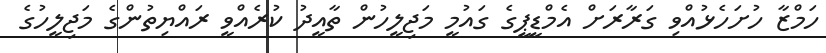
ހަމްޒާ ހުށަހެޅުއްވި ގަރާރަށް އެމްޑީޕީގެ ގައުމީ މަޖިލީހުން ތާއީދު ކުރެއްވީ ރައްޔިތުންގެ މަޖިލީހުގެ